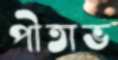
পীতাভ